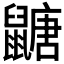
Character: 𪕹